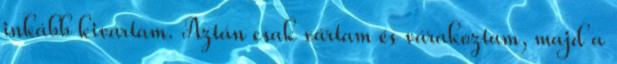
inkább kivártam. Aztán csak vártam és várakoztam, majd a